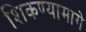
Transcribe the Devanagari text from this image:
शिकण्यामागे